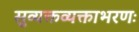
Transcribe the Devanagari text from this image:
सुव्यक्तव्यक्ताभरणः